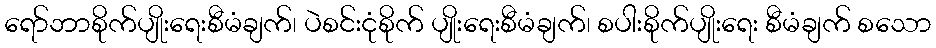
ရော်ဘာစိုက်ပျိုးရေးစီမံချက်၊ ပဲစင်းငုံစိုက် ပျိုးရေးစီမံချက်၊ စပါးစိုက်ပျိုးရေး စီမံချက် စသော